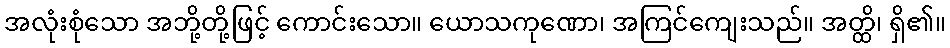
အလုံးစုံသော အဘို့တို့ဖြင့် ကောင်းသော။ ယောသကုဏော၊ အကြင်ကျေးသည်။ အတ္ထိ၊ ရှိ၏။